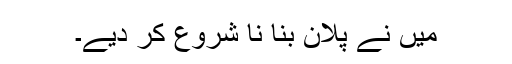
میں نے پلان بنا نا شروع کر دیے۔